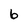
Character: 6